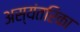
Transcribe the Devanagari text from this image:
अस्यंतरिका